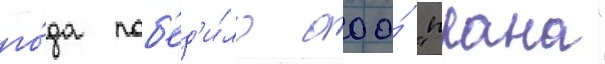
го́да поб'ед'и́ло ооо́ "прана"